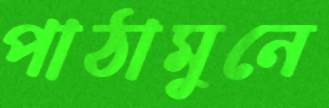
পাঠামুনে